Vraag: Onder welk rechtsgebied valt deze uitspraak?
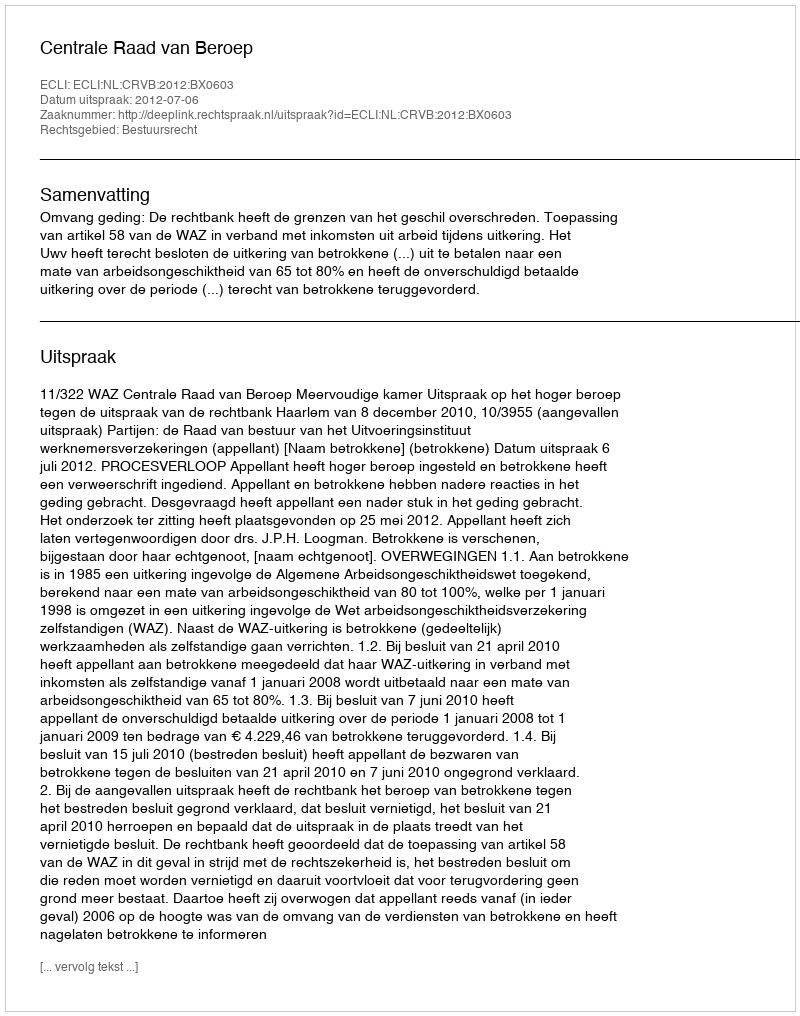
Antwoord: Bestuursrecht